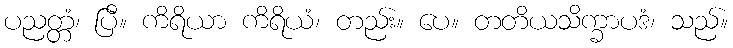
ပညတ္တံ၊ ပြီ။ ကိရိယာ ကိရိယံ၊ တည်း။ ပေ။ တတိယသိက္ခာပဒံ၊ သည်။